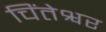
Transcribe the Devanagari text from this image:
चिंतेश्वर